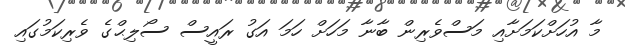
މާ އުހަށްކަމަށާއި މަސްވެރިން ބާނާ މަހަށް ހަމަ އަގު ރައީސް ސޯލިޙްގެ ވެރިކަމުގައި